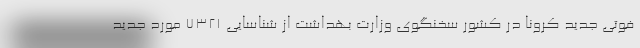
فوتی جدید کرونا در کشور سخنگوی وزارت بهداشت از شناسایی ۷۳۲۱ مورد جدید